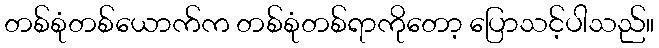
တစ်စုံတစ်ယောက်က တစ်စုံတစ်ရာကိုတော့ ပြောသင့်ပါသည်။